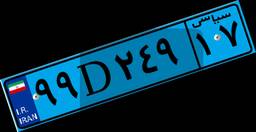
۷۰D۶۹۴۹۲